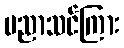
ပညာသင်ကြား